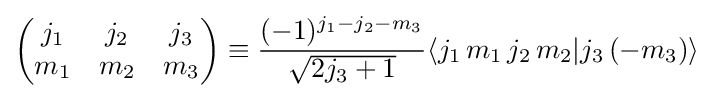
{\begin{pmatrix}j_{1}&j_{2}&j_{3}\\m_{1}&m_{2}&m_{3}\end{pmatrix}}\equiv {\frac {(-1)^{j_{1}-j_{2}-m_{3}}}{\sqrt {2j_{3}+1}}}\langle j_{1}\,m_{1}\,j_{2}\,m_{2}|j_{3}\,(-m_{3})\rangle